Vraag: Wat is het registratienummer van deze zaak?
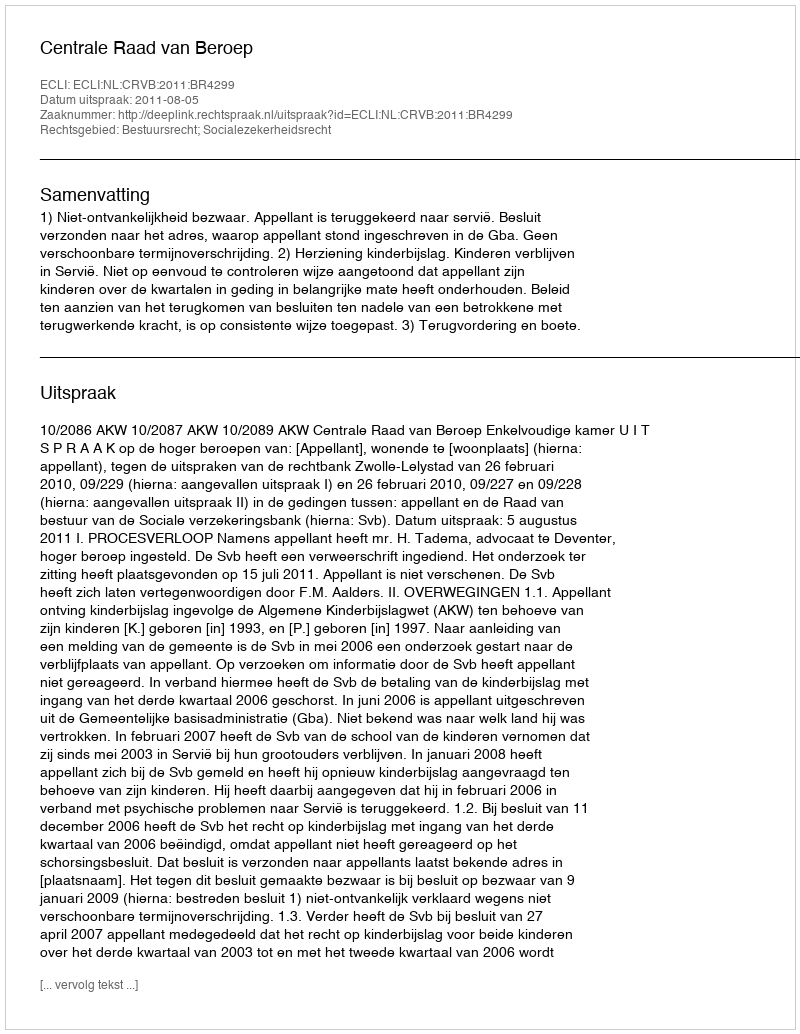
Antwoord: http://deeplink.rechtspraak.nl/uitspraak?id=ECLI:NL:CRVB:2011:BR4299